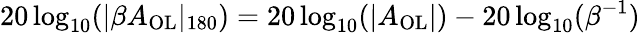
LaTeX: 20\log_{10}(|\beta A_{\mathrm{OL}}|_{180})=20\log_{10}(|A_{\mathrm{OL}}|)-20\log_{10}(\beta^{-1})